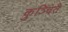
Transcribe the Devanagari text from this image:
कुञ्चितै